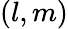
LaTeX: (l,m)